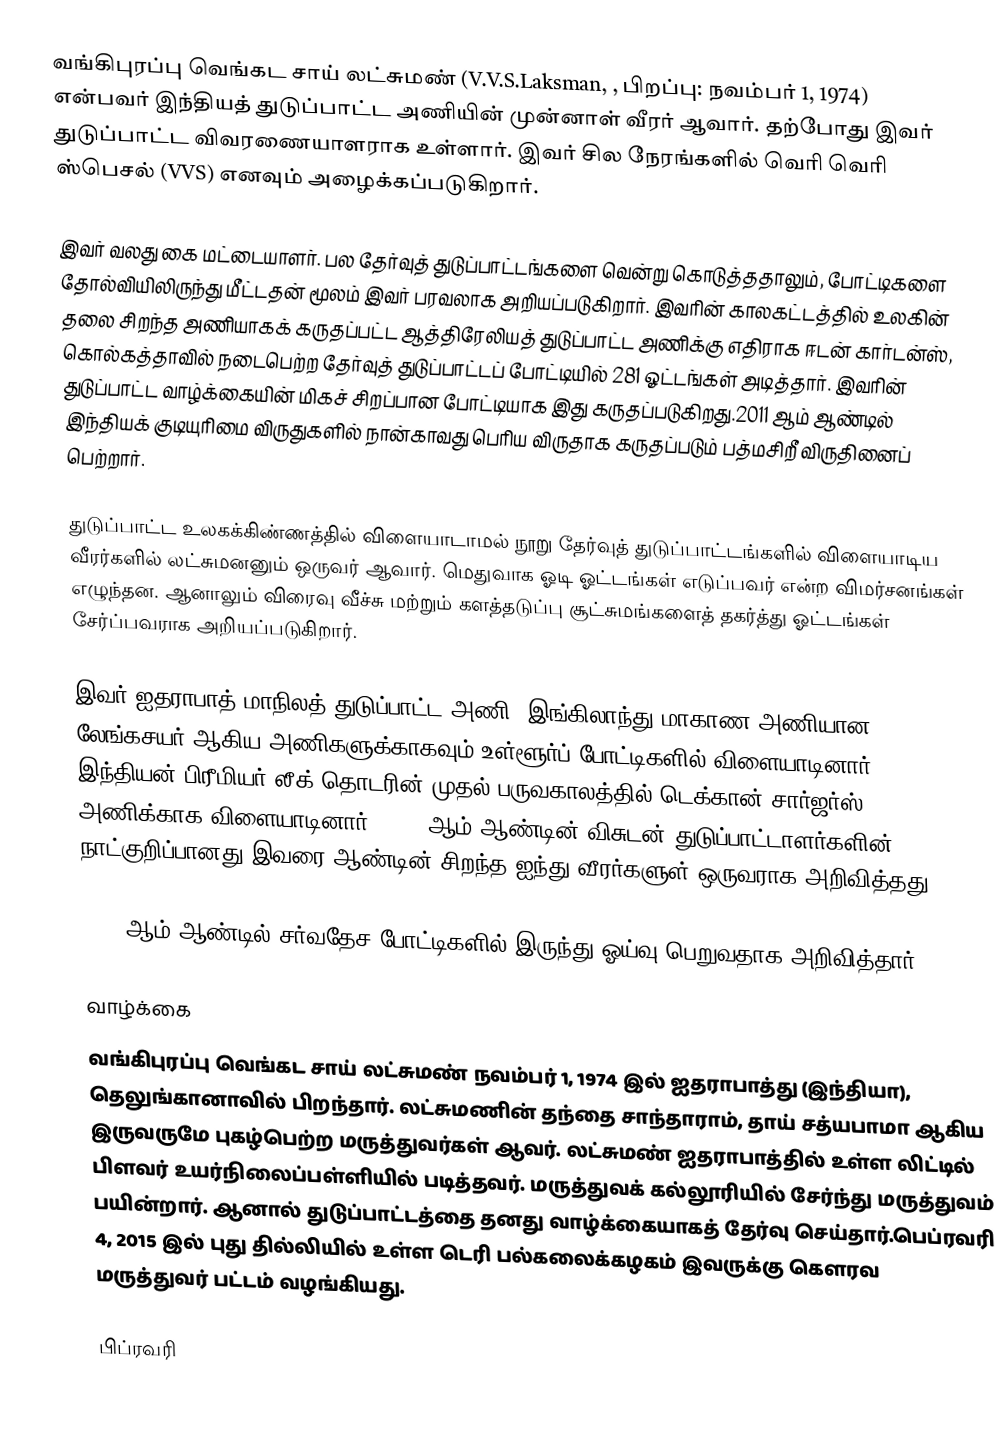
வங்கிபுரப்பு வெங்கட சாய் லட்சுமண் (V.V.S.Laksman, , பிறப்பு: நவம்பர் 1, 1974) என்பவர் இந்தியத் துடுப்பாட்ட அணியின் முன்னாள் வீரர் ஆவார். தற்போது  இவர் துடுப்பாட்ட விவரணையாளராக உள்ளார். இவர் சில நேரங்களில் வெரி வெரி ஸ்பெசல் (VVS) எனவும் அழைக்கப்படுகிறார்.

இவர் வலது கை மட்டையாளர். பல தேர்வுத் துடுப்பாட்டங்களை வென்று கொடுத்ததாலும், போட்டிகளை தோல்வியிலிருந்து மீட்டதன் மூலம் இவர் பரவலாக அறியப்படுகிறார். இவரின் காலகட்டத்தில் உலகின் தலை சிறந்த அணியாகக் கருதப்பட்ட ஆத்திரேலியத் துடுப்பாட்ட அணிக்கு எதிராக ஈடன் கார்டன்ஸ், கொல்கத்தாவில் நடைபெற்ற தேர்வுத் துடுப்பாட்டப் போட்டியில் 281 ஓட்டங்கள் அடித்தார். இவரின் துடுப்பாட்ட வாழ்க்கையின் மிகச் சிறப்பான போட்டியாக இது கருதப்படுகிறது.2011 ஆம் ஆண்டில் இந்தியக் குடியுரிமை விருதுகளில் நான்காவது பெரிய விருதாக கருதப்படும் பத்மசிறீ விருதினைப் பெற்றார்.

துடுப்பாட்ட உலகக்கிண்ணத்தில் விளையாடாமல் நூறு தேர்வுத் துடுப்பாட்டங்களில் விளையாடிய வீரர்களில் லட்சுமனனும் ஒருவர் ஆவார். மெதுவாக ஓடி ஓட்டங்கள் எடுப்பவர் என்ற விமர்சனங்கள் எழுந்தன. ஆனாலும் விரைவு வீச்சு மற்றும் களத்தடுப்பு சூட்சுமங்களைத் தகர்த்து ஓட்டங்கள் சேர்ப்பவராக அறியப்படுகிறார்.

இவர் ஐதராபாத் மாநிலத் துடுப்பாட்ட அணி,  இங்கிலாந்து மாகாண அணியான லேங்கசயர் ஆகிய அணிகளுக்காகவும்  உள்ளூர்ப் போட்டிகளில் விளையாடினார். இந்தியன் பிரீமியர் லீக் தொடரின் முதல் பருவகாலத்தில் டெக்கான் சார்ஜர்ஸ் அணிக்காக விளையாடினார். 2002 ஆம் ஆண்டின் விசுடன் துடுப்பாட்டாளர்களின் நாட்குறிப்பானது  இவரை ஆண்டின் சிறந்த ஐந்து வீரர்களுள் ஒருவராக அறிவித்தது.

2012 ஆம் ஆண்டில் சர்வதேச போட்டிகளில் இருந்து ஓய்வு பெறுவதாக அறிவித்தார்.

வாழ்க்கை
வங்கிபுரப்பு வெங்கட சாய் லட்சுமண் நவம்பர் 1, 1974 இல் ஐதராபாத்து (இந்தியா), தெலுங்கானாவில் பிறந்தார். லட்சுமணின் தந்தை சாந்தாராம், தாய் சத்யபாமா ஆகிய இருவருமே  புகழ்பெற்ற மருத்துவர்கள் ஆவர். லட்சுமண் ஐதராபாத்தில் உள்ள லிட்டில் பிளவர் உயர்நிலைப்பள்ளியில் படித்தவர். மருத்துவக் கல்லூரியில் சேர்ந்து மருத்துவம் பயின்றார். ஆனால் துடுப்பாட்டத்தை தனது வாழ்க்கையாகத் தேர்வு செய்தார்.பெப்ரவரி 4, 2015 இல்  புது தில்லியில் உள்ள டெரி பல்கலைக்கழகம் இவருக்கு கௌரவ மருத்துவர் பட்டம் வழங்கியது.

பிப்ரவரி